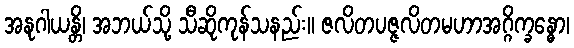
အနုဂါယန္တိ၊ အဘယ်သို့ သီဆိုကုန်သနည်း။ ဇလိတပဇ္ဇလိတမဟာအဂ္ဂိက္ခန္ဓော၊